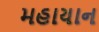
મહાયાન